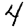
Digit: 4